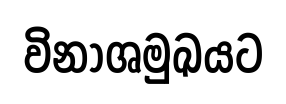
විනාශමුඛයට